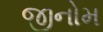
જીનોમ